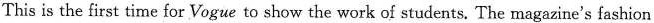
This is the first time for Vogue to showthe work of students. The magazine's fashion